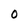
Character: O